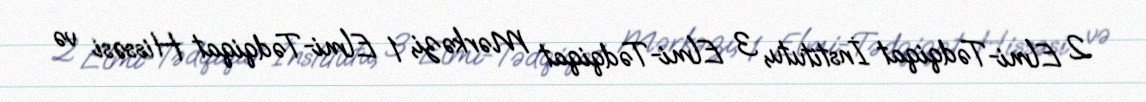
2 Elmi-Tədqiqat İnstitutu, 3 Elmi-Tədqiqat Mərkəzi, 1 Elmi-Tədqiqat Hissəsi və